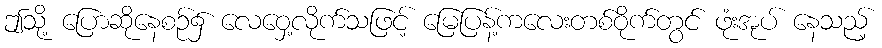
ဤသို့ ပြောဆိုနေစဉ်၌ လေဝှေ့လိုက်သဖြင့် မြေပြန့်ကလေးတစ်ဝိုက်တွင် ဖုံးအုပ် နေသည့်